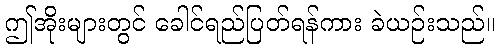
ဤအိုးများတွင် ခေါင်ရည်ပြတ်ရန်ကား ခဲယဉ်းသည်။